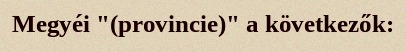
Megyéi "(provincie)" a következők: